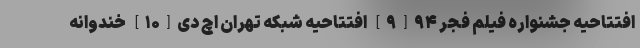
افتتاحیه جشنواره فیلم فجر ۹۴[۹] افتتاحیه شبکه تهران اچ دی[۱۰] خندوانه